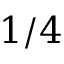
1 / 4